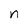
Character: n